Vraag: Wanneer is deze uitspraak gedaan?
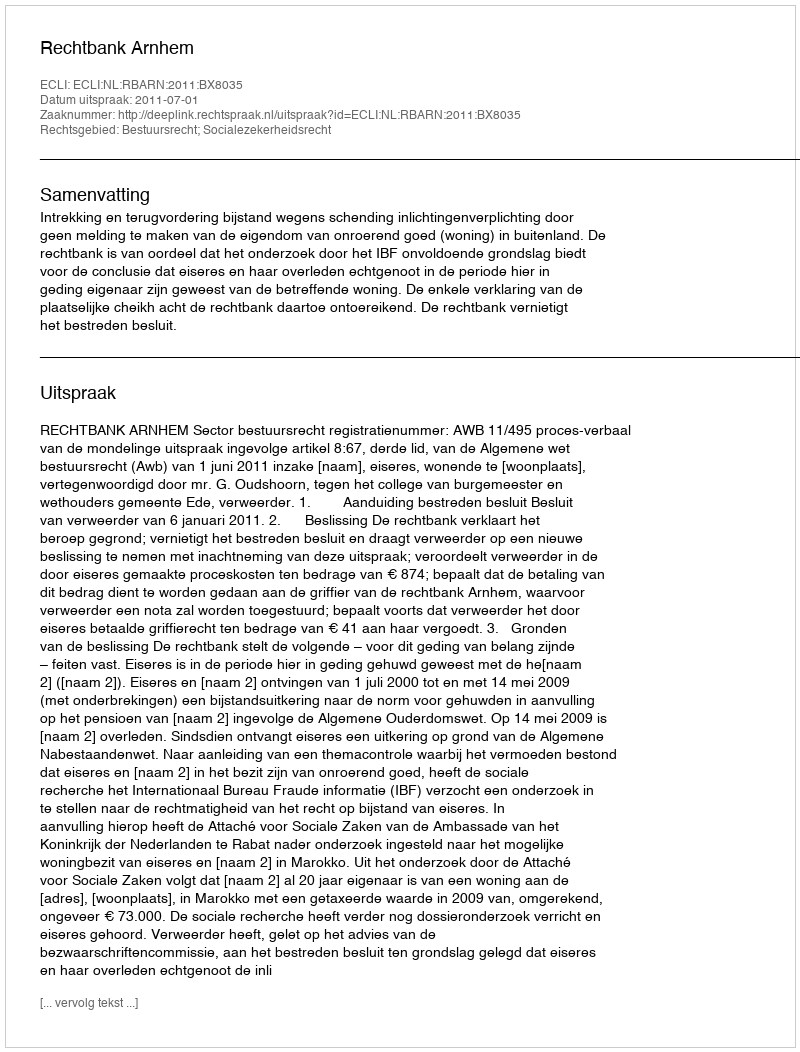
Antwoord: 2011-07-01